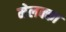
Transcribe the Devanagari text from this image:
मेलक्का